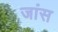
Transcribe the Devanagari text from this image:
जांस